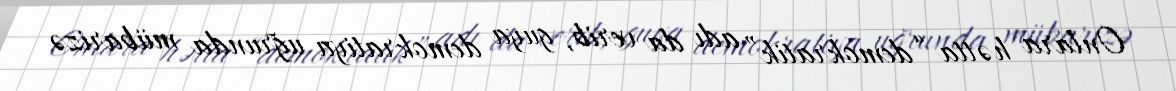
Onlara hətta “demokratik” adı da verib, guya demokratiya uğrunda mübarizə